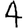
Digit: 4